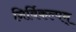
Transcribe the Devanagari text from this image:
निर्विकल्पम्